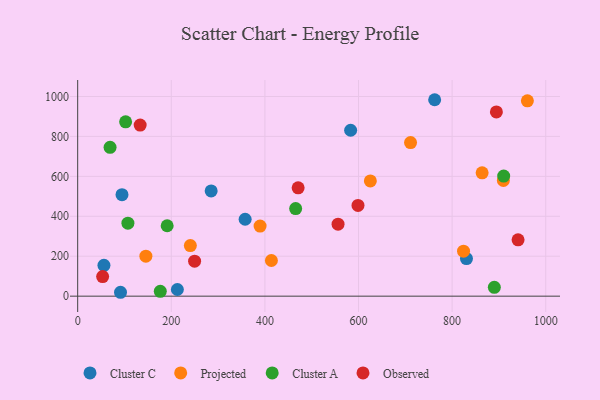
{"axis": {"x": "Engine Size", "y": "Salary"}, "legend": ["Cluster A", "Cluster C", "Observed", "Projected"], "data": [{"x": "762.7", "y": 983.7, "type": "Cluster C"}, {"x": "213.0", "y": 33.5, "type": "Cluster C"}, {"x": "583.2", "y": 830.8, "type": "Cluster C"}, {"x": "285.2", "y": 526.9, "type": "Cluster C"}, {"x": "56.1", "y": 154.5, "type": "Cluster C"}, {"x": "94.7", "y": 508.2, "type": "Cluster C"}, {"x": "830.7", "y": 188.1, "type": "Cluster C"}, {"x": "357.8", "y": 385.1, "type": "Cluster C"}, {"x": "91.5", "y": 19.5, "type": "Cluster C"}, {"x": "824.4", "y": 225.2, "type": "Projected"}, {"x": "240.7", "y": 253.2, "type": "Projected"}, {"x": "413.9", "y": 178.6, "type": "Projected"}, {"x": "711.2", "y": 768.9, "type": "Projected"}, {"x": "389.7", "y": 351.2, "type": "Projected"}, {"x": "960.8", "y": 978.3, "type": "Projected"}, {"x": "909.5", "y": 579.6, "type": "Projected"}, {"x": "145.7", "y": 200.2, "type": "Projected"}, {"x": "625.3", "y": 577.2, "type": "Projected"}, {"x": "864.1", "y": 617.5, "type": "Projected"}, {"x": "102.4", "y": 873.0, "type": "Cluster A"}, {"x": "69.2", "y": 745.5, "type": "Cluster A"}, {"x": "191.2", "y": 352.6, "type": "Cluster A"}, {"x": "465.7", "y": 438.7, "type": "Cluster A"}, {"x": "890.2", "y": 44.5, "type": "Cluster A"}, {"x": "910.2", "y": 601.5, "type": "Cluster A"}, {"x": "107.3", "y": 365.7, "type": "Cluster A"}, {"x": "176.5", "y": 24.4, "type": "Cluster A"}, {"x": "471.0", "y": 542.3, "type": "Observed"}, {"x": "598.9", "y": 454.2, "type": "Observed"}, {"x": "133.5", "y": 856.9, "type": "Observed"}, {"x": "249.8", "y": 175.2, "type": "Observed"}, {"x": "894.6", "y": 922.8, "type": "Observed"}, {"x": "53.3", "y": 98.2, "type": "Observed"}, {"x": "940.9", "y": 281.9, "type": "Observed"}, {"x": "556.3", "y": 360.4, "type": "Observed"}]}